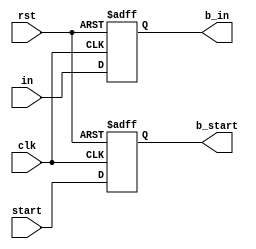

module buffspi(
	input clk,
	input rst,
	
	input[7:0] in,
	output reg[7:0] b_in,
	
	input start,
	output reg b_start
);

always@(posedge clk or posedge rst)begin
	if(rst)begin
		b_in <= 0;
		b_start <= 0;
	end
	else begin
		b_in <= in;
		b_start <= start;
	end
end


endmodule

module spi(
	input clk,
	input rst,
	
	input csz,
	
	input[7:0] in,
	input start,
	output reg ready,
	
	output reg[7:0] out,
	
	input mosi,
	
	output reg cs,
	output reg miso,
	output reg sck
	
);

wire[7:0] b_in;
wire b_start;

buffspi bs(
	.clk(clk),
	.rst(rst),
	
	.in(in),
	.b_in(b_in),
	
	.start(start),
	.b_start(b_start)
);


reg b_mosi;

reg f_sck = 0;
reg f_miso = 0;

reg[7:0] f_mem = 0;
reg[7:0] mem = 0;

reg[4:0] f_tim = 0;
reg[4:0] tim = 0;

reg[7:0] f_out = 0;
	always@(posedge clk or posedge rst)
	begin
		if(rst)begin
			f_sck <= 0;
			f_miso <= 0;
			f_tim <= 0;
			f_mem <= 0;
			f_out <= 0;
		
		end else
		begin
			f_sck <= sck;
			f_miso <= miso;
			f_tim <= tim;
			f_mem <= mem;
			f_out <= out;
		end
	end

	always@(*)begin
		
		sck = f_sck;
		
		cs = 0;
		
		miso = f_miso;
		tim = f_tim;
		mem = f_mem;
		out = f_out;
		
		ready = 0;
		
		if(b_start)begin
			mem = b_in;
			out = 0;
			sck = 0;
			tim = 8;
			miso = b_in[7];
		end else
		if(f_tim != 0) begin
		
			sck = ~f_sck;
			
			if(~sck && f_sck)begin
				out = {f_out[6:0],b_mosi};
			end
			
			if(f_sck)begin
			
				if(f_tim >=2) begin
					tim = f_tim - 1;
					miso = f_mem[f_tim - 2];
					
				end else if(f_tim == 1)
				begin
					ready = 1;
					miso = 1;
					tim = 0;
				end
			end
			
		end else begin
			sck = 0;
			miso = 1;
		end

	end

	always@(posedge clk or posedge rst)
		if(rst) b_mosi <= 0;
		else b_mosi <= mosi;
		
	
endmodule


module dclkb(
	input clk,
	input rst,
	
	output reg dclk = 0
);

reg f_dclk = 0;

reg[1:0] f_tim = 0;
reg[1:0] n_tim = 0;
 
always@(posedge clk or posedge rst)begin
	if(rst) begin
		f_tim <= 0;
		dclk <= 0;
	end
	else begin
		f_tim <= n_tim;
		dclk <= f_dclk;
	end
end
	
always@(*)begin
	n_tim = f_tim + 1;
	f_dclk = dclk;
	
	if(f_tim == 2)begin
		f_dclk = ~dclk;
		n_tim = 0;
	end
		
end


endmodule